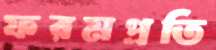
ফরমপ্রতি